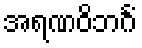
အရဏဝိဘင်္ဂံ